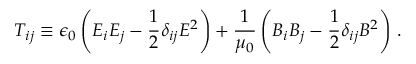
T _ { i j } \equiv \epsilon _ { 0 } \left( E _ { i } E _ { j } - { \frac { 1 } { 2 } } \delta _ { i j } E ^ { 2 } \right) + { \frac { 1 } { \mu _ { 0 } } } \left( B _ { i } B _ { j } - { \frac { 1 } { 2 } } \delta _ { i j } B ^ { 2 } \right) \, .